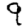
Digit: 9